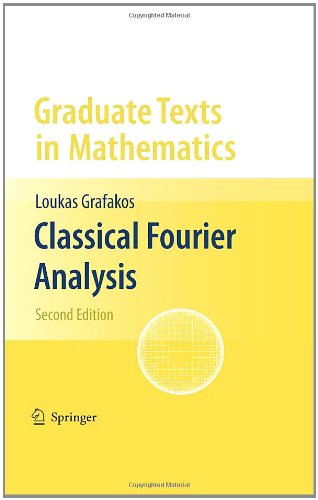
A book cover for Classical Fourier Analysis (Graduate Texts in Mathematics); Loukas Grafakos; Science & Math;